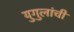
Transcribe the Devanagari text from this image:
युगुलांची